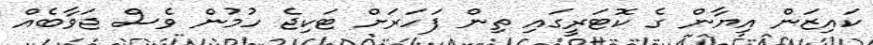
ކައިޒަން އިޔާން ގެ ކޮޓަރީގައި ތިން ފަހަރަށް ޓަކިޖެ ހުމުން ވެސް ޖަވާބެއް